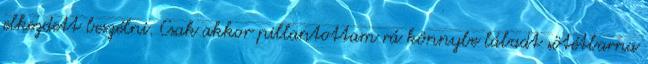
elkezdett beszélni. Csak akkor pillantottam rá könnybe lábadt sötétbarna